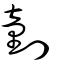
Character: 𠟍